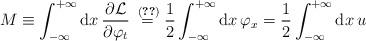
LaTeX: \begin{align*}M \equiv \int_{-\infty}^{+\infty}\mathrm{d}x\, \frac{\partial \mathcal{L}}{\partial \varphi_t} \stackrel{\;\eqref{eq:lagrangian}}{=} \frac{1}{2}\int_{-\infty}^{+\infty}\mathrm{d}x\, \varphi_x = \frac{1}{2}\int_{-\infty}^{+\infty}\mathrm{d}x\, u \end{align*}